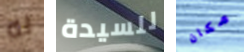
له للسيدة مكان